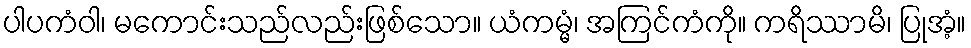
ပါပကံဝါ၊ မကောင်းသည်လည်းဖြစ်သော။ ယံကမ္မံ၊ အကြင်ကံကို။ ကရိဿာမိ၊ ပြုအံ့။